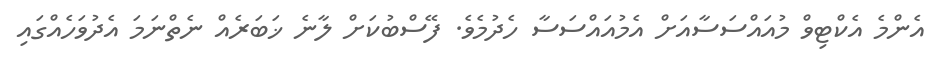
އެންމެ އެކްޓިވް މުއައްސަސާއަށް އެމުއައްސަސާ ހެދުމެވެ. ފޭސްބުކަށް ލާނެ ޚަބަރެއް ނެތްނަމަ އެދުވަހެއްގައި